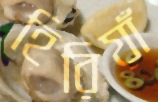
হিরিয়াঁ